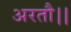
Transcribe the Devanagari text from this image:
अरतौ।।